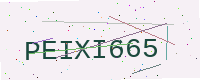
Text: PEIXI665